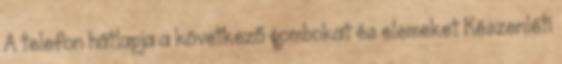
A telefon hátlapja a következő gombokat és elemeket Készenléti